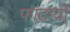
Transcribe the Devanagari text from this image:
फाटग्यो